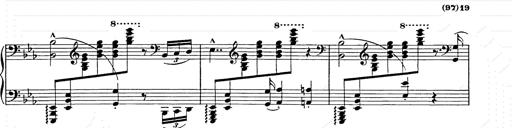
Title: Hungarian Rhapsody No.9
Composer: Franz Liszt
Key: E-flat major